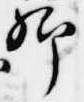
卿